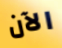
الآن